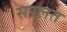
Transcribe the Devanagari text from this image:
सरलत